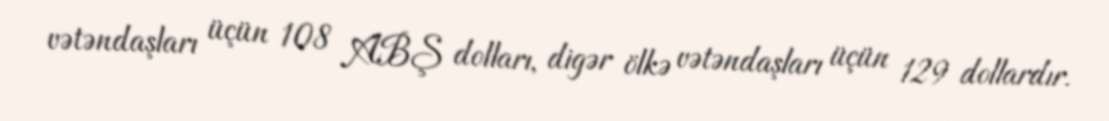
vətəndaşları üçün 108 ABŞ dolları, digər ölkə vətəndaşları üçün 129 dollardır.